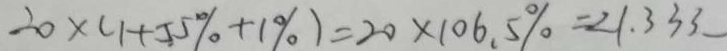
2 0 \times ( 1 + 5 5 \% + 1 \% ) = 2 0 \times 1 0 6 . 5 \% = 2 1 . 3 3 3